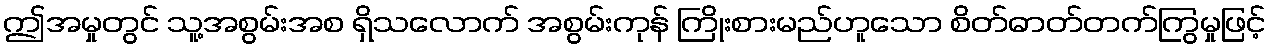
ဤအမှုတွင် သူ့အစွမ်းအစ ရှိသလောက် အစွမ်းကုန် ကြိုးစားမည်ဟူသော စိတ်ဓာတ်တက်ကြွမှုဖြင့်